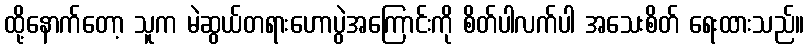
ထို့နောက်တော့ သူက မဲဆွယ်တရားဟောပွဲအကြောင်းကို စိတ်ပါလက်ပါ အသေးစိတ် ရေးထားသည်။